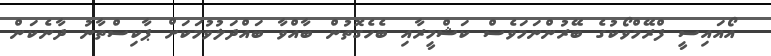
އޯއައިސީ ފްރޭމްވޯކުގެ ބޭރުންނަމަވެސް ކަޝްމީރާއި ބެހެގޮތުން ބާއްވާ ބައްދަލުވުމަކަށް ޕާކިސްތާނު ދާނެކަން